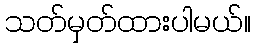
သတ်မှတ်ထားပါမယ်။